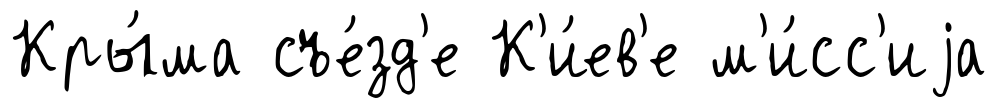
Кры́ма съе́зд'е К'и́ев'е м'и́сс'иjа